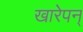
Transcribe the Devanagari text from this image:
खारेपन्